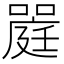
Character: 𡀈